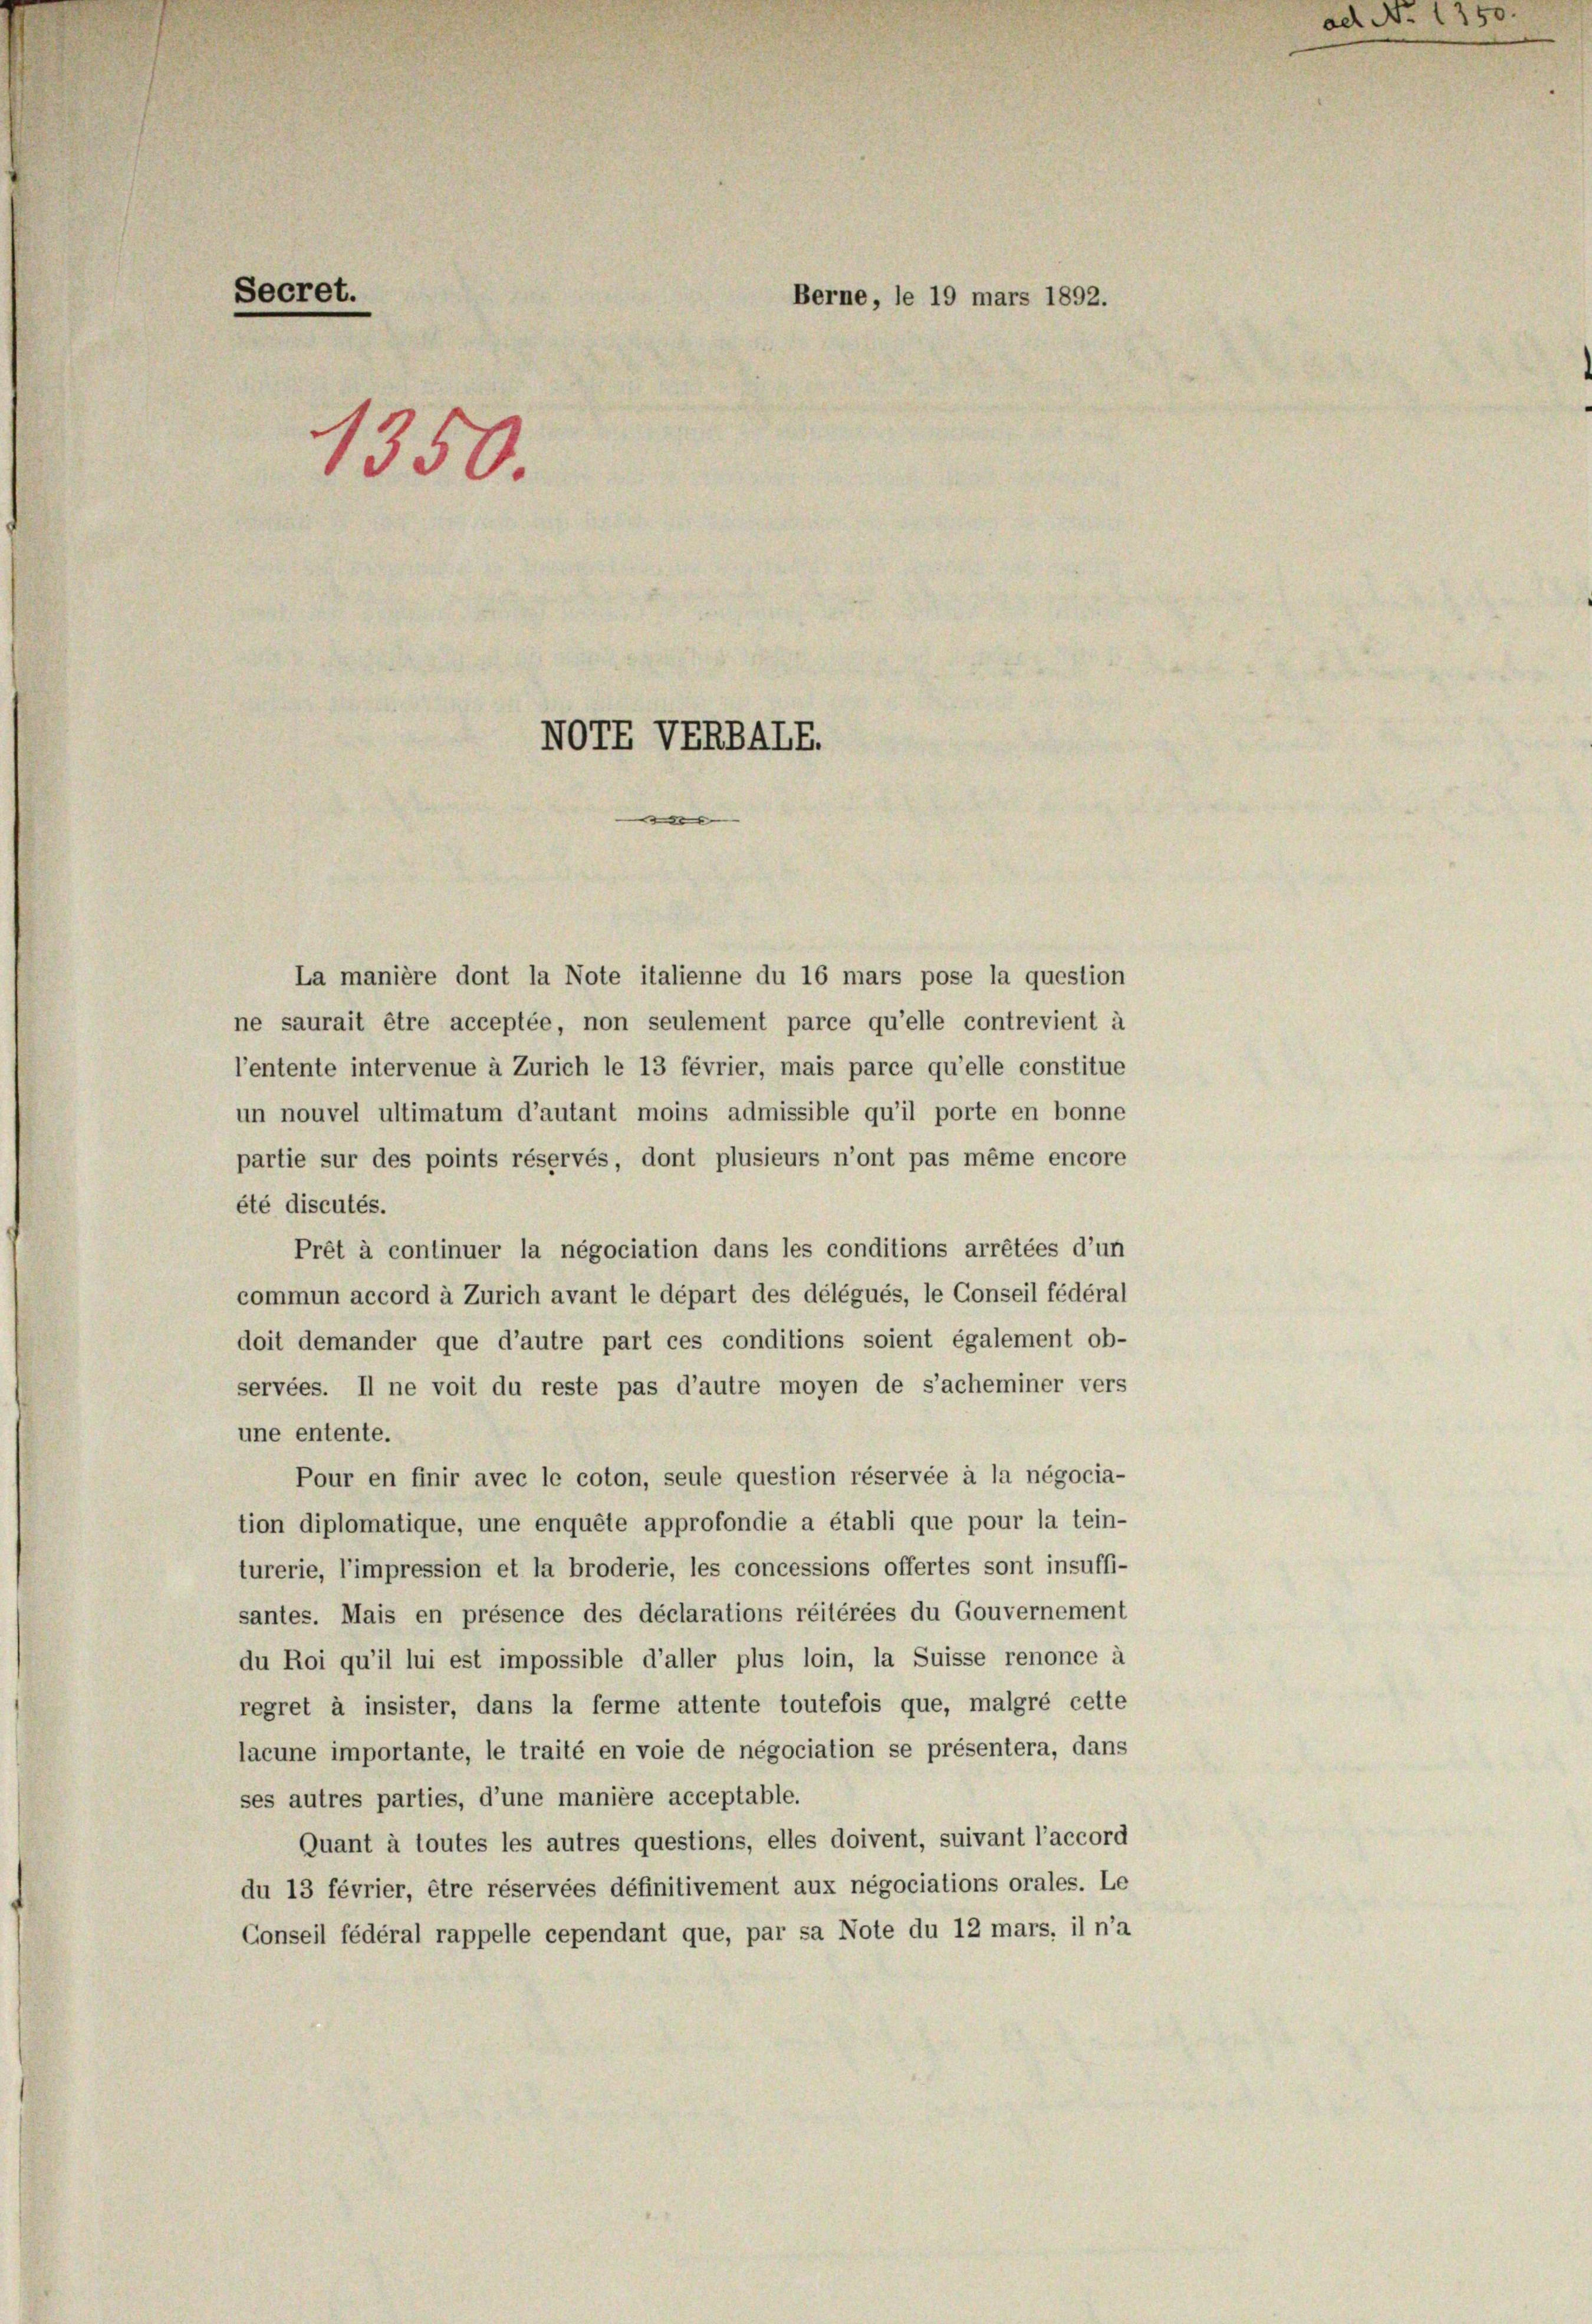
Secret.
1350.

NOTE VERBALE.
e

Berne, le 19 mars 1892.

La manière dont la Note italienne du 16 mars pose la question
ne saurait être acceptée, non seulement parce qu’elle contrevient à
l’entente intervenue à Zürich le 13 février, mais parce qu’elle constitue
un nouvel ultimatum d’autant moins admissible qu’il porte en bonne
partie sur des points réservés, dont plusieurs n’ont pas même encore
été discutés.
Prêt à continuer la négociation dans les conditions arrêtées d’un
commun accord à Zürich avant le départ des délégués, le Conseil fédéral
doit demander que d’autre part ces conditions soient également ob-
servées. Il ne voit du reste pas d’autre moyen de s’acheminer vers
une entente.
Pour en finir avec le coton, seule question réservée à la négocia-
tion diplomatique, une enquête approfondie a établi que pour la tein-
turerie, l’impression et la broderie, les concessions offertes sont insuffi-
santes. Mais en présence des déclarations réitérées du Gouvernement
du Roi qu’il lui est impossible d’aller plus loin, la Suisse renonce à
regret à insister, dans la ferme attente toutefois que, malgré cette
lacune importante, le traité en voie de négociation se présentera, dans
ses autres parties, d’une manière acceptable.
Quant à toutes les autres questions, elles doivent, suivant l’accord
du 13 février, être réservées définitivement aux négociations orales. Le
Conseil fédéral rappelle cependant que, par sa Note du 12 mars, il n’a

ad No. 1750